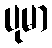
ပုမာ